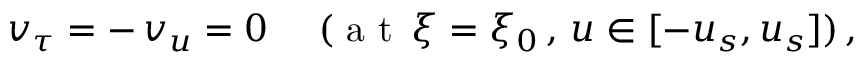
\begin{array} { r } { v _ { \tau } = - \, v _ { u } = 0 \quad \ ( { \mathrm { ~ a ~ t ~ } } \, \xi = \xi _ { 0 } \, , \, u \in [ - u _ { s } , u _ { s } ] ) \, , \ } \end{array}